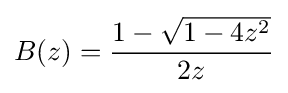
B(z)={\dfrac {1-{\sqrt {1-4z^{2}}}}{2z}}